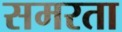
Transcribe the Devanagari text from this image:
समरता